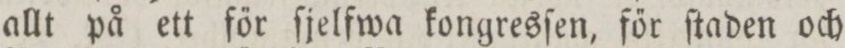
allt på ett főr ſjelfwa kongresſen, főr ſtaden och